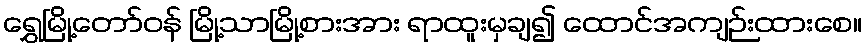
ရွှေမြို့တော်ဝန် မြို့သာမြို့စားအား ရာထူးမှချ၍ ထောင်အကျဉ်းထားစေ။